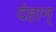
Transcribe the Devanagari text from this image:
देहान्